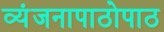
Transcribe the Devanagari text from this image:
व्यंजनापाठोपाठ